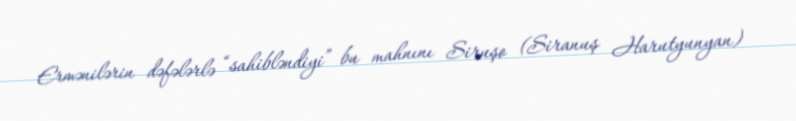
Ermənilərin dəfələrlə “sahibləndiyi” bu mahnını Siruşo (Siranuş Harutyunyan)